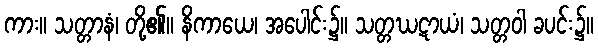
ကား။ သတ္တာနံ၊ တို့၏။ နိကာယေ၊ အပေါင်း၌။ သတ္တဃဋာယံ၊ သတ္တဝါ ခပင်း၌။